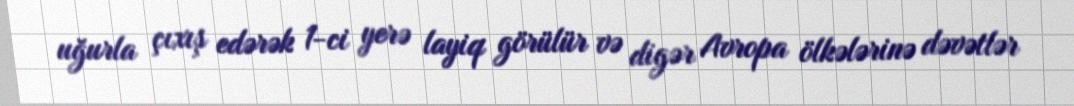
uğurla çıxış edərək 1-ci yerə layiq görülür və digər Avropa ölkələrinə dəvətlər